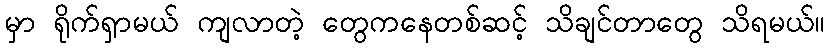
မှာ ရိုက်ရှာမယ် ကျလာတဲ့ တွေကနေတစ်ဆင့် သိချင်တာတွေ သိရမယ်။